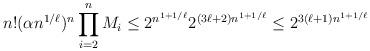
LaTeX: \begin{align*}n!(\alpha n^{1/\ell})^n\prod_{i=2}^nM_i\leq 2^{n^{1+1/\ell}}2^{\left(3\ell+2\right)n^{1+1/\ell}}\leq 2^{3(\ell+1)n^{1+1/\ell}}\end{align*}